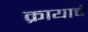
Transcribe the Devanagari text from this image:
क्रायाचे